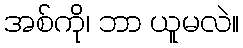
အစ်ကို၊ ဘာ ယူမလဲ။